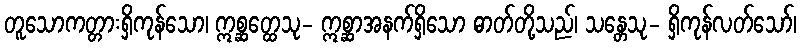
တူသောကတ္တားရှိကုန်သော၊ ဣစ္ဆတ္ထေသု- ဣစ္ဆာအနက်ရှိသော ဓာတ်တို့သည်၊ သန္တေသု- ရှိကုန်လတ်သော်၊